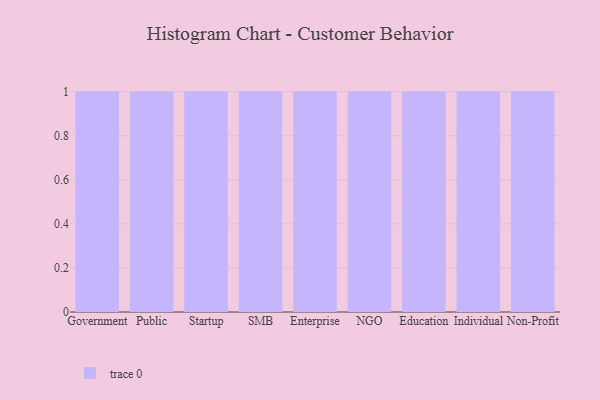
{"axis": {"x": "Segment", "y": "Waste Production (Tons)"}, "legend": [""], "data": [{"x": "Government", "y": 97, "type": ""}, {"x": "Public", "y": 83, "type": ""}, {"x": "Startup", "y": 77, "type": ""}, {"x": "SMB", "y": 77, "type": ""}, {"x": "Enterprise", "y": 20, "type": ""}, {"x": "NGO", "y": 82, "type": ""}, {"x": "Education", "y": 37, "type": ""}, {"x": "Individual", "y": 18, "type": ""}, {"x": "Non-Profit", "y": 9, "type": ""}]}